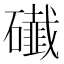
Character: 䃱